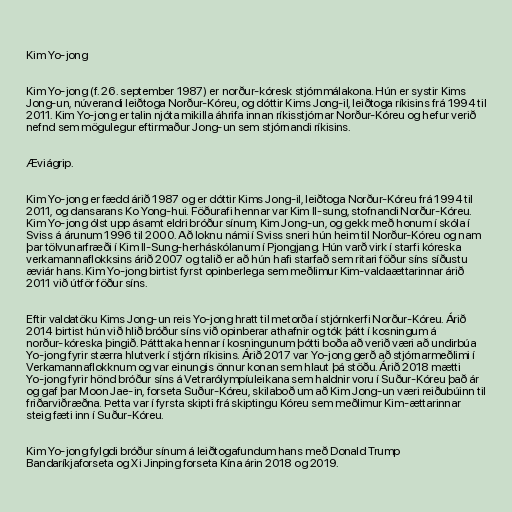
Kim Yo-jong

Kim Yo-jong (f. 26. september 1987) er norður-kóresk stjórnmálakona. Hún er systir Kims
Jong-un, núverandi leiðtoga Norður-Kóreu, og dóttir Kims Jong-il, leiðtoga ríkisins frá 1994 til
2011. Kim Yo-jong er talin njóta mikilla áhrifa innan ríkisstjórnar Norður-Kóreu og hefur verið
nefnd sem mögulegur eftirmaður Jong-un sem stjórnandi ríkisins.

Æviágrip.

Kim Yo-jong er fædd árið 1987 og er dóttir Kims Jong-il, leiðtoga Norður-Kóreu frá 1994 til
2011, og dansarans Ko Yong-hui. Föðurafi hennar var Kim Il-sung, stofnandi Norður-Kóreu.
Kim Yo-jong ólst upp ásamt eldri bróður sínum, Kim Jong-un, og gekk með honum í skóla í
Sviss á árunum 1996 til 2000. Að loknu námi í Sviss sneri hún heim til Norður-Kóreu og nam
þar tölvunarfræði í Kim Il-Sung-herháskólanum í Pjongjang. Hún varð virk í starfi kóreska
verkamannaflokksins árið 2007 og talið er að hún hafi starfað sem ritari föður síns síðustu
æviár hans. Kim Yo-jong birtist fyrst opinberlega sem meðlimur Kim-valdaættarinnar árið
2011 við útför föður síns.

Eftir valdatöku Kims Jong-un reis Yo-jong hratt til metorða í stjórnkerfi Norður-Kóreu. Árið
2014 birtist hún við hlið bróður síns við opinberar athafnir og tók þátt í kosningum á
norður-kóreska þingið. Þátttaka hennar í kosningunum þótti boða að verið væri að undirbúa
Yo-jong fyrir stærra hlutverk í stjórn ríkisins. Árið 2017 var Yo-jong gerð að stjórnarmeðlimi í
Verkamannaflokknum og var einungis önnur konan sem hlaut þá stöðu. Árið 2018 mætti
Yo-jong fyrir hönd bróður síns á Vetrarólympíuleikana sem haldnir voru í Suður-Kóreu það ár
og gaf þar Moon Jae-in, forseta Suður-Kóreu, skilaboð um að Kim Jong-un væri reiðubúinn til
friðarviðræðna. Þetta var í fyrsta skipti frá skiptingu Kóreu sem meðlimur Kim-ættarinnar
steig fæti inn í Suður-Kóreu.

Kim Yo-jong fylgdi bróður sínum á leiðtogafundum hans með Donald Trump
Bandaríkjaforseta og Xi Jinping forseta Kína árin 2018 og 2019.